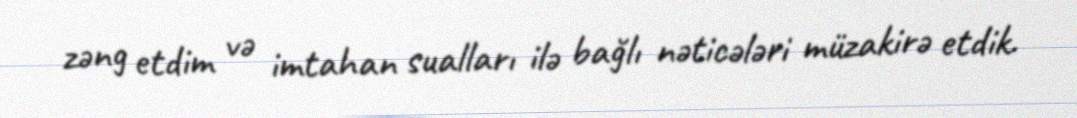
zəng etdim və imtahan sualları ilə bağlı nəticələri müzakirə etdik.